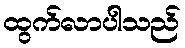
ထွက်လာပါသည်